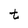
Character: t